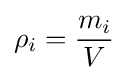
\rho _{i}={\frac {m_{i}}{V}}